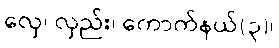
လှေ၊ လှည်း၊ ကောက်နယ်(၃)၊